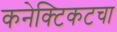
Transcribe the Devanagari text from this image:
कनेक्टिकटचा